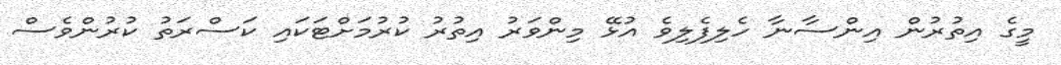
މީގެ އިތުރުން އިންސާނާ ހެލިފެލިވެ އުޅޭ މިންވަރު އިތުރު ކުރުމަށްޓަކައި ކަސްރަތު ކުރުންވެސް